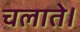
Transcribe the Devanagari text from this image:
चलाते।